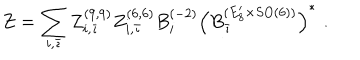
LaTeX: Z = \sum _ { i , \bar { \imath } } Z _ { i , \bar { \imath } } ^ { ( 9 , 9 ) } Z _ { i , \bar { \imath } } ^ { ( 6 , 6 ) } B _ { i } ^ { ( - 2 ) } \left( B _ { \bar { \imath } } ^ { ( E _ { 8 } ^ { \prime } \times S O ( 6 ) ) } \right) ^ { * } \, \, .